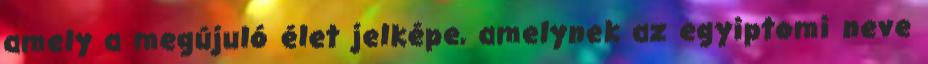
amely a megújuló élet jelképe, amelynek az egyiptomi neve